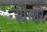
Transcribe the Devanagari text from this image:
स्पेन्शर